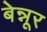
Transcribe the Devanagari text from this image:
बेन्नूर